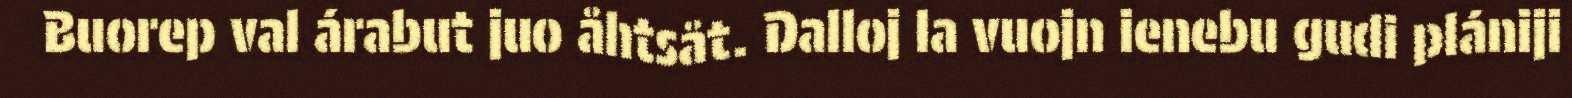
Buorep val árabut juo åhtsåt. Dalloj la vuojn ienebu gudi plániji